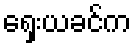
ရှေးယခင်က